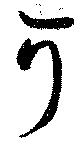
可